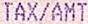
TAX/AMT